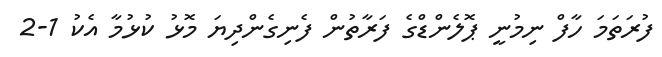
ފުރަތަމަ ހާފް ނިމުނީ ޕޮލެންޑްގެ ފަރާތުން ފެނިގެންދިޔަ މޮޅު ކުޅުމާ އެކު 1-2